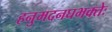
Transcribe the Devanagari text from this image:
हनुमदनघभक्तेः